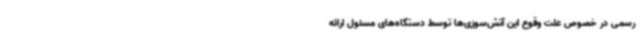
رسمی در خصوص علت وقوع این آتش‌سوزی‌ها توسط دستگاه‌های مسئول ارائه